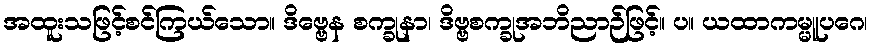
အထူးသဖြင့်စင်ကြယ်သော။ ဒိဗ္ဗေန စက္ခုနာ၊ ဒိဗ္ဗစက္ခုအဘိညာဉ်ဖြင့်။ ပ။ ယထာကမ္မူပဂေ၊